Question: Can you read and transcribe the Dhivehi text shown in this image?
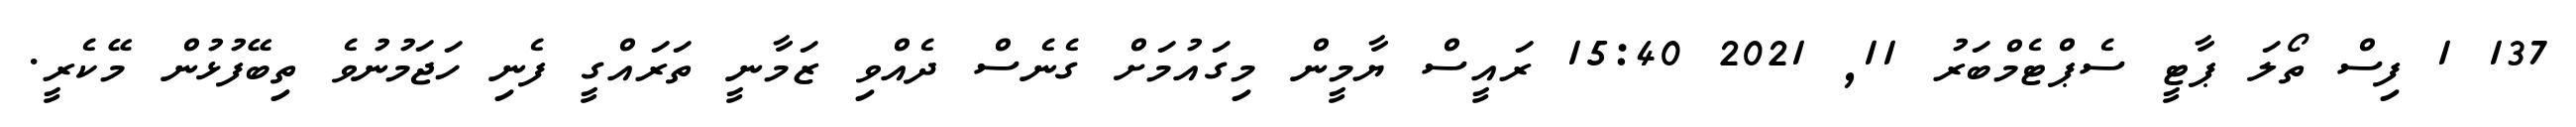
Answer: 137 1 ފިސް ތޯލަ ޕާޓީ ސެޕްޓެމްބަރު 11, 2021 15:40 ރައީސް ޔާމީން މިގައުމަށް ގެނެސް ދެއްވި ޒަމާނީ ތަރައްގީ ފެނި ހަޖަމުނުވެ ތިބޭފުޅުން މޭކެރީ.